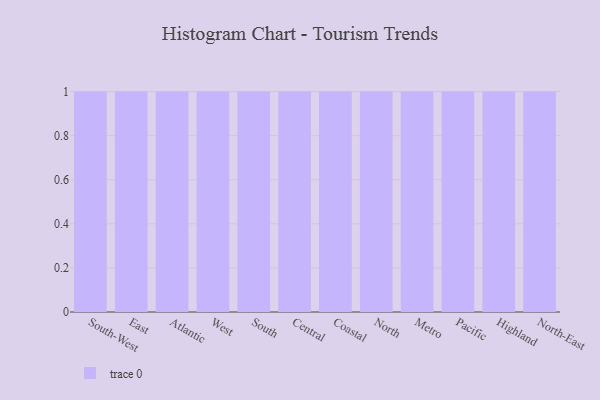
{"axis": {"x": "Region", "y": "Customer Acquisition Cost (USD)"}, "legend": [""], "data": [{"x": "South-West", "y": 93, "type": ""}, {"x": "East", "y": 4, "type": ""}, {"x": "Atlantic", "y": 49, "type": ""}, {"x": "West", "y": 17, "type": ""}, {"x": "South", "y": 100, "type": ""}, {"x": "Central", "y": 67, "type": ""}, {"x": "Coastal", "y": 39, "type": ""}, {"x": "North", "y": 50, "type": ""}, {"x": "Metro", "y": 34, "type": ""}, {"x": "Pacific", "y": 43, "type": ""}, {"x": "Highland", "y": 81, "type": ""}, {"x": "North-East", "y": 96, "type": ""}]}